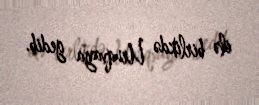
ilə birlikdə Uruqvaya gedib.